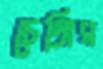
চেঙ্গির